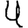
Digit: 4